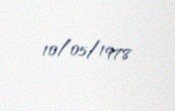
10/05/1978